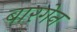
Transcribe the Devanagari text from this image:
बारगेन